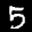
Label: 5